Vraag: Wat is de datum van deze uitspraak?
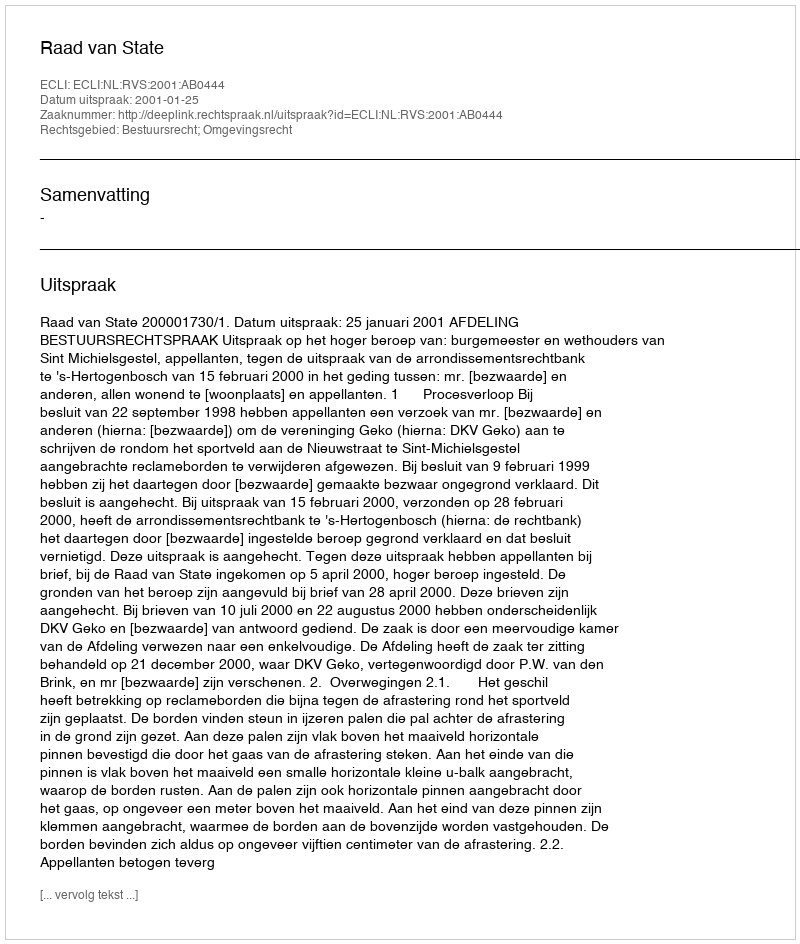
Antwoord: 2001-01-25